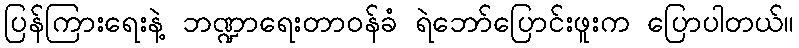
ပြန်ကြားရေးနဲ့ ဘဏ္ဍာရေးတာဝန်ခံ ရဲဘော်ပြောင်းဖူးက ပြောပါတယ်။